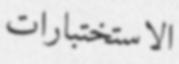
الاستختبارات